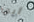
أيها